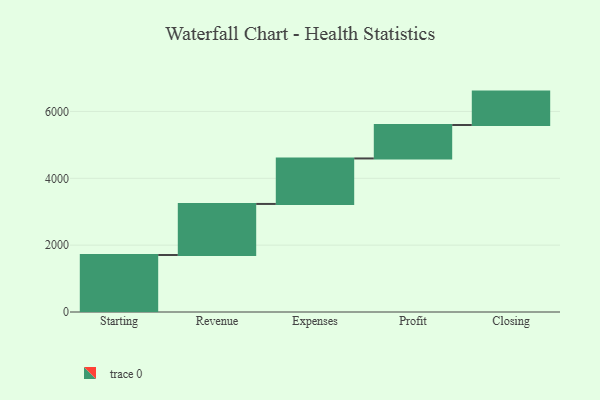
{"axis": {"x": "Step", "y": "Value"}, "legend": [""], "data": [{"x": "Starting", "y": 1706.0, "type": ""}, {"x": "Revenue", "y": 1527.0, "type": ""}, {"x": "Expenses", "y": 1361.0, "type": ""}, {"x": "Profit", "y": 1000, "type": ""}, {"x": "Closing", "y": 1000, "type": ""}]}